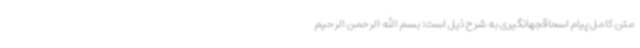
متن کامل پیام اسحاقجهانگیری به شرح ذیل است: بسم الله الرحمن الرحیم